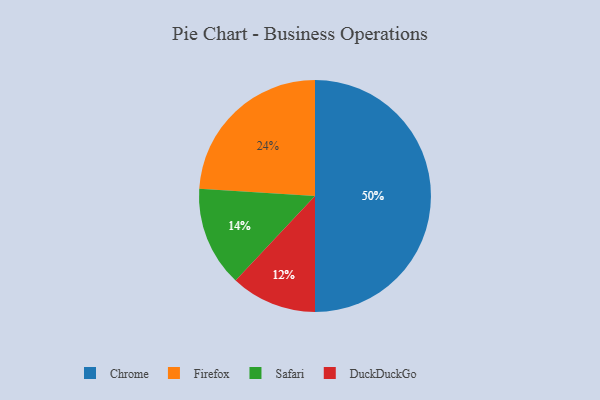
{"axis": {"x": "Category", "y": "Percentage"}, "legend": ["Chrome", "DuckDuckGo", "Firefox", "Safari"], "data": [{"x": "Safari", "y": 14, "type": "Safari"}, {"x": "Firefox", "y": 24, "type": "Firefox"}, {"x": "Chrome", "y": 50, "type": "Chrome"}, {"x": "DuckDuckGo", "y": 12, "type": "DuckDuckGo"}]}